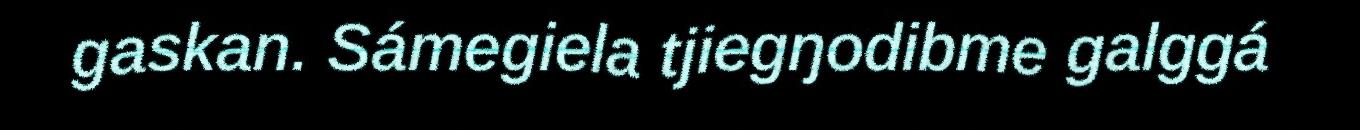
gaskan. Sámegiela tjiegŋodibme galggá